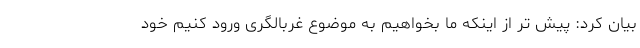
بیان کرد: پیش تر از اینکه ما بخواهیم به موضوع غربالگری ورود کنیم خود